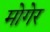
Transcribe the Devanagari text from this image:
मोगेर